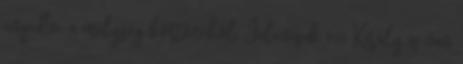
engedve a mélység börtönéből: Jelenések 9:11 Király is van